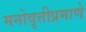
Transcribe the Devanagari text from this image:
मनोवृत्तीप्रमाणे